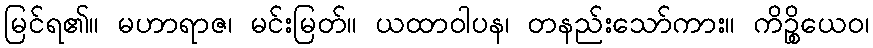
မြင်ရ၏။ မဟာရာဇ၊ မင်းမြတ်။ ယထာဝါပန၊ တနည်းသော်ကား။ ကိဉ္စိယေဝ၊